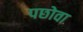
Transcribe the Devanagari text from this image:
पछोवा